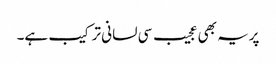
پریہ بھی عجیب سی لسانی ترکیب ہے۔